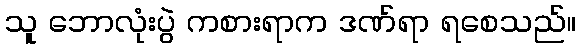
သူ ဘောလုံးပွဲ ကစားရာက ဒဏ်ရာ ရစေသည်။